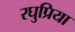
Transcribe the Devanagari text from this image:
रघुप्रिया